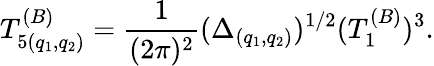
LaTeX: T_{5(q_{1},q_{2})}^{(B)}={\frac{1}{(2\pi)^{2}}}(\Delta_{(q_{1},q_{2})})^{1/2}(T_{1}^{(B)})^{3}.